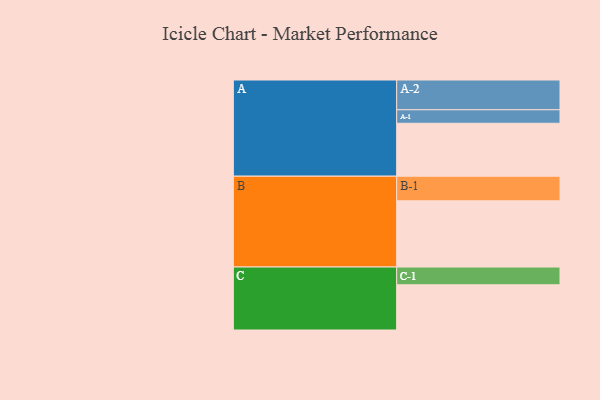
{"axis": {"x": "Segment", "y": "Value"}, "legend": ["", "A", "B", "C"], "data": [{"x": "A", "y": 411, "type": ""}, {"x": "B", "y": 514, "type": ""}, {"x": "C", "y": 351, "type": ""}, {"x": "A-1", "y": 105, "type": "A"}, {"x": "A-2", "y": 231, "type": "A"}, {"x": "B-1", "y": 191, "type": "B"}, {"x": "C-1", "y": 138, "type": "C"}]}